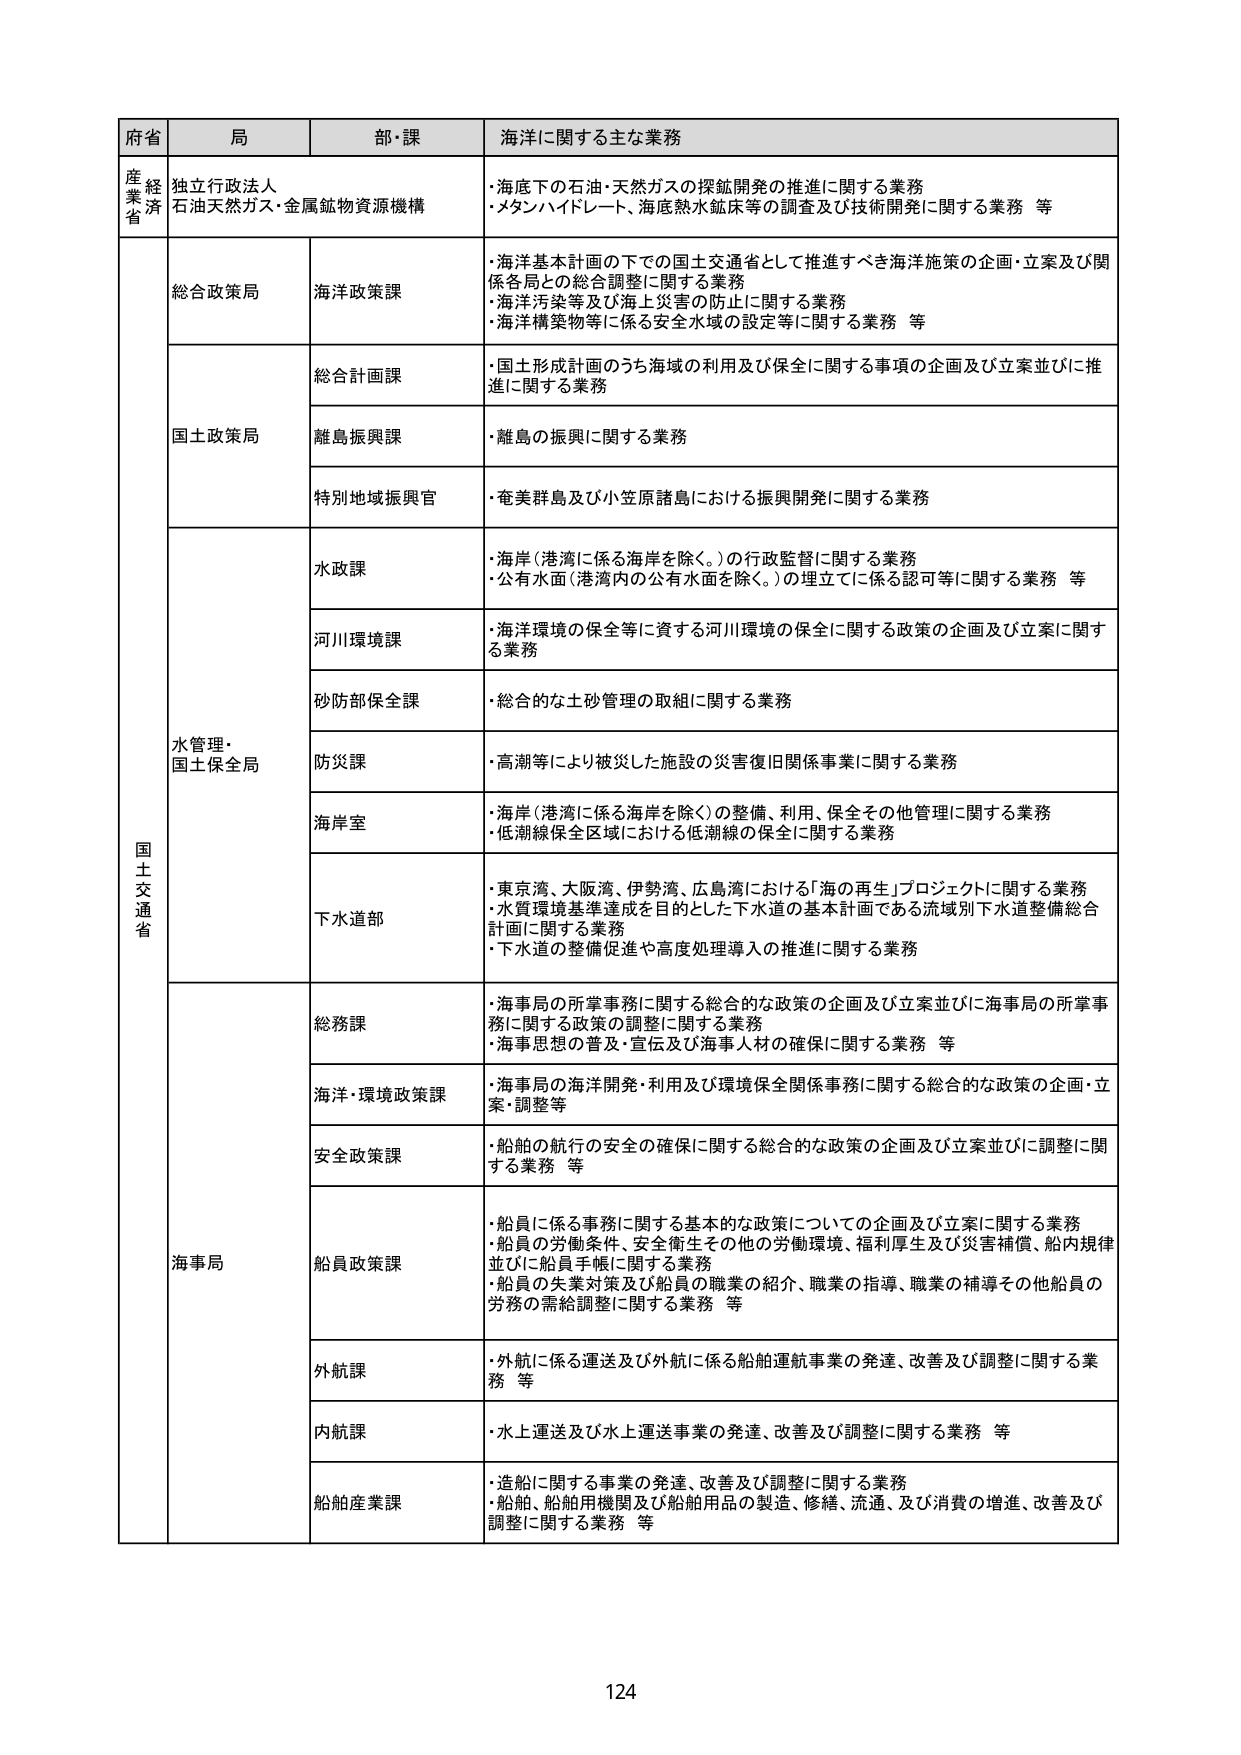
府省 局 部・課 海洋に関する主な業務
産業省 独立行政法人 石油天然ガス・金属鉱物資源機構 ・海底下の石油・天然ガスの探鉱開発の推進に関する業務 ・メタンハイドレート、海底熱水鉱床等の調査及び技術開発に関する業務 等
総合政策局 海洋政策課 ・海洋基本計画の下での国土交通省として推進すべき海洋施策の企画・立案及び関係各局との総合調整に関する業務 ・海洋汚染等及び海上災害の防止に関する業務 ・海洋構築物等に係る安全水域の設定等に関する業務 等
国土政策局 総合計画課 ・国土形成計画のうち海域の利用及び保全に関する事項の企画及び立案並びに推進に関する業務
離島振興課 ・離島の振興に関する業務
特別地域振興官 ・奄美群島及び小笠原諸島における振興開発に関する業務
水管理・国土保全局 水政課 ・海岸（港湾に係る海岸を除く。）の行政監督に関する業務 ・公有水面（港湾内の公有水面を除く。）の埋立てに係る認可等に関する業務 等
河川環境課 ・海洋環境の保全等に資する河川環境の保全に関する政策の企画及び立案に関する業務
砂防部全課 ・総合的な土砂管理の取組に関する業務
防災課 ・高潮等により被災した施設の災害復旧関係事業に関する業務
海岸室 ・海岸（港湾に係る海岸を除く）の整備、利用、保全その他管理に関する業務 ・低潮線保全区域における低潮線の保全に関する業務
下水道部 ・東京湾、大阪湾、伊勢湾、広島湾における「海の再生」プロジェクトに関する業務 ・水質環境基準達成を目的とした下水道の基本計画である流域別下水道整備総合計画に関する業務 ・下水道の整備促進や高度処理導入の推進に関する業務
海事局 総務課 ・海事局の所掌事務に関する総合的な政策の企画及び立案並びに海事局の所掌事務に関する政策の調整に関する業務 ・海事思想の普及・宣伝及び海事人材の確保に関する業務 等
海洋・環境政策課 ・海事局の海洋開発・利用及び環境保全関係事務に関する総合的な政策の企画・立案・調整等
安全政策課 ・船舶の航行の安全の確保に関する総合的な政策の企画及び立案並びに調整に関する業務 等
船員政策課 ・船員に係る事務に関する基本的な政策についての企画及び立案に関する業務 ・船員の労働条件、安全衛生その他の労働環境、福利厚生及び災害補償、船内規律並びに船員手帳に関する業務 ・船員の失業対策及び船員の職業の紹介、職業の指導、職業の補導その他船員の労務の需給調整に関する業務 等
外航課 ・外航に係る運送及び外航に係る船舶運航事業の発達、改善及び調整に関する業務 等
内航課 ・水上運送及び水上運送事業の発達、改善及び調整に関する業務 等
船舶産業課 ・造船に関する事業の発達、改善及び調整に関する業務 ・船舶、船舶用機関及び船舶用品の製造、修繕、流通、及び消費の増進、改善及び調整に関する業務 等
124